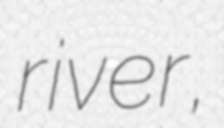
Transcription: river,